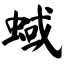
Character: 蜮